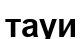
тауи